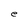
Character: e